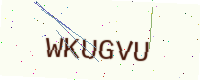
Text: WKUGVU